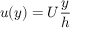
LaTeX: u ( y ) = U { \frac { y } { h } }